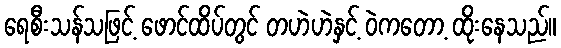
ရေစီးသန်သဖြင့် ဖောင်ထိပ်တွင် တဟဲဟဲနှင့် ဝဲကတော့ ထိုးနေသည်။